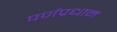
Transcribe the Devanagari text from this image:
पर्णप्रधान